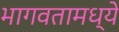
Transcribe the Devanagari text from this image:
भागवतामध्ये